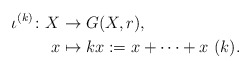
\begin{align*}\iota^{(k)} \colon X &\to G{(X,r)},\\x &\mapsto kx := x+\cdots + x \ (k ).\end{align*}